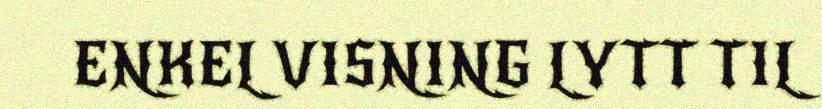
ENKEL VISNING LYTT TIL